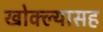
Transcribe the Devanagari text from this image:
खोक्ल्यासह